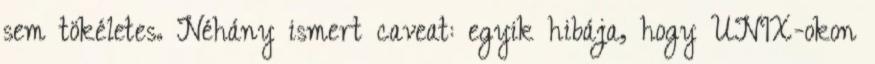
sem tökéletes. Néhány ismert caveat: egyik hibája, hogy UNIX-okon